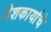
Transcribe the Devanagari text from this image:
देशकार्याचे